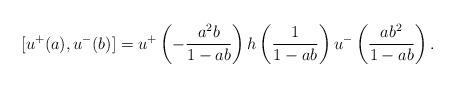
LaTeX: \begin{align*}[u^+(a) , u^-(b)] = u^+\left(-\frac{a^2b}{1 - ab}\right) h\left(\frac{1}{1 - ab} \right) u^-\left(\frac{ab^2}{1 - ab} \right).\end{align*}